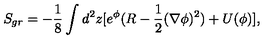
S _ { g r } = - { \frac { 1 } { 8 } } \int _ { } ^ { } d ^ { 2 } z [ e ^ { \phi } ( R - { \frac { 1 } { 2 } } ( \nabla \phi ) ^ { 2 } ) + U ( \phi ) ] ,